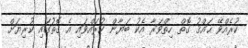
ކުރެއްވޭ ޙައްޤު ގޮތް ހިތްވަރާ އެކު ބަޔާން ކުރައްވައި އެ ގޮތުގައި ކުރިޔަށް